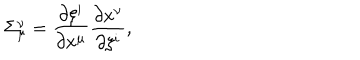
\Sigma _ { \mu } ^ { \nu } = { \frac { \partial \xi ^ { i } } { \partial x ^ { \mu } } } { \frac { \partial x ^ { \nu } } { \partial \xi ^ { i } } } ,